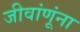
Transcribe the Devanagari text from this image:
जीवांणूंना